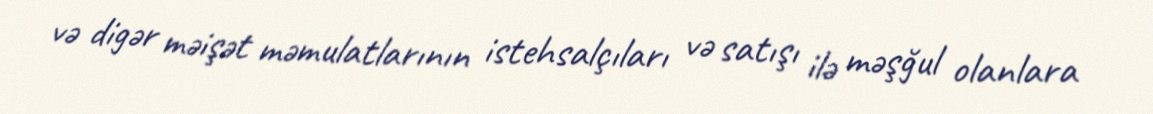
və digər məişət məmulatlarının istehsalçıları və satışı ilə məşğul olanlara